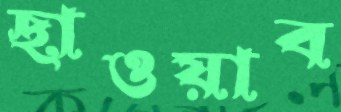
ছাওয়াব